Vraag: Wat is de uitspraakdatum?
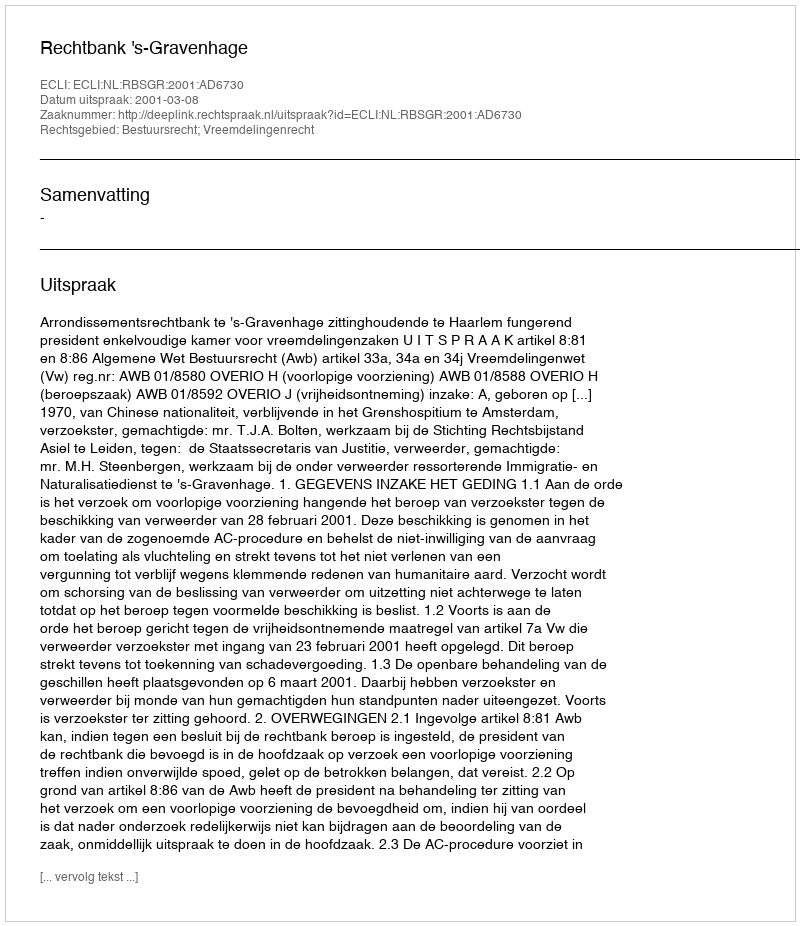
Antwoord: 2001-03-08